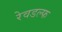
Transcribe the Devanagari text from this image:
रेवडल्फ